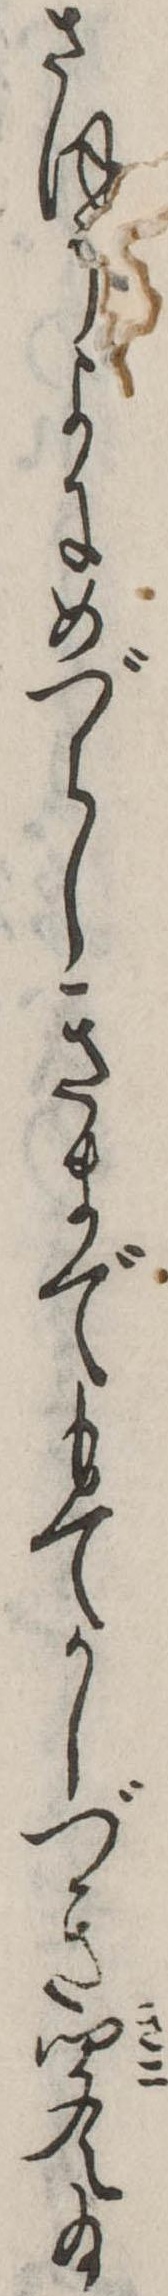
さほうよにめづらしきまでもてかしづき聞え給